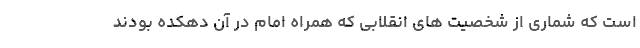
است که شماری از شخصیت های انقلابی که همراه امام در آن دهکده بودند